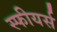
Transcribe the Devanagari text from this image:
स्फीयर्स